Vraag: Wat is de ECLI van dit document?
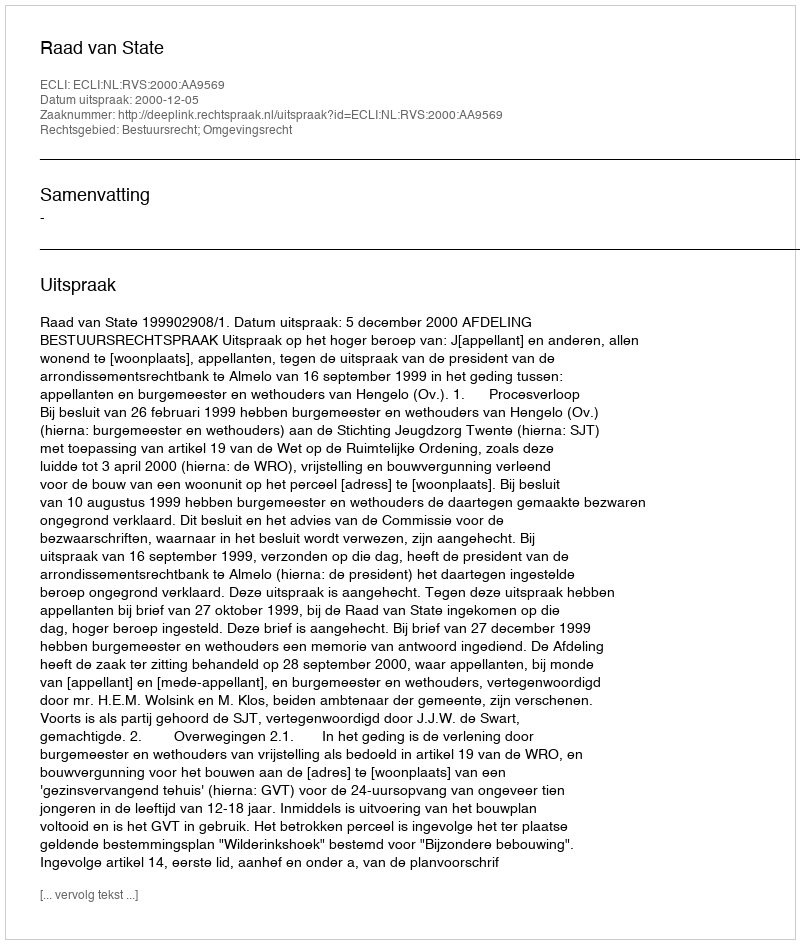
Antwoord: ECLI:NL:RVS:2000:AA9569